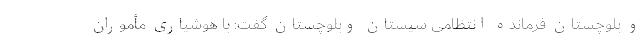
و بلوچستان فرمانده انتظامی سیستان وبلوچستان گفت: با هوشیاری مأموران